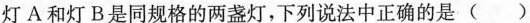
灯A和灯B是同规格的两盏灯，下列说法中正确的是( )